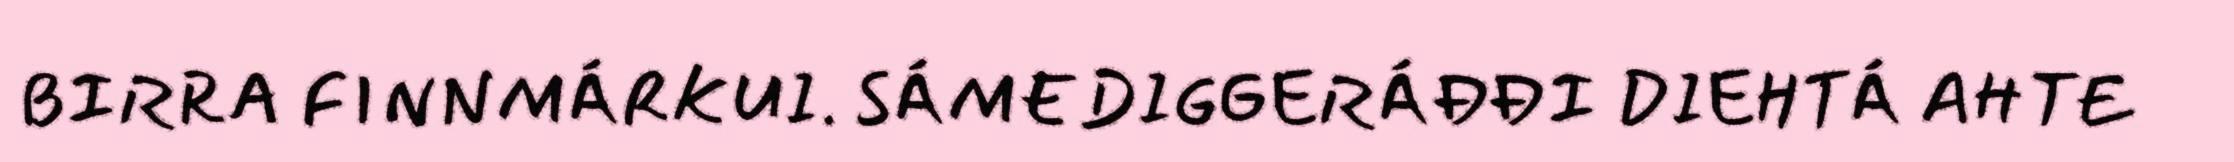
BIRRA FINNMÁRKUI. SÁMEDIGGERÁĐĐI DIEHTÁ AHTE